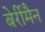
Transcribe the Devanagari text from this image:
बेर्रीमैन